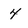
Character: 4